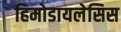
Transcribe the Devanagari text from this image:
हिमोडायलेसिस